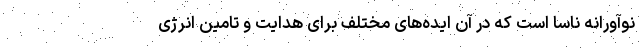
نوآورانه ناسا است که در آن ایده‌های مختلف برای هدایت و تامین انرژی